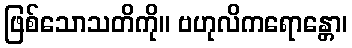
ဖြစ်သောသတိကို။ ဗဟုလိကရောန္တော၊